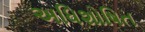
અધિશોષિત